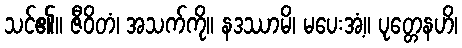
သင်၏။ ဇီဝိတံ၊ အသက်ကို။ နဒဿာမိ၊ မပေးအံ့။ ပုတ္တေနဟိ၊